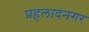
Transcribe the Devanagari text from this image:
प्रहलादनगर